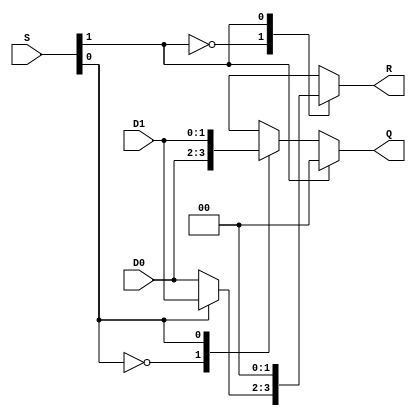

module test_mux
   (input wire [1:0] D0, D1,
    input wire [1:0] S,
    output reg [1:0] Q, R);

   always @(*) begin
      if (S[1]==1'b0)
	case (S[0])
	  1'b0: Q = D0;
	  1'b1: Q = D1;
	endcase // case (S[0])
      else
	Q = 2'b0;

      case (S[1])
	1'b0: if (S[0])
	  R = D1;
	else
	  R = D0;
	1'b1: R = 2'b00;
      endcase
   end

endmodule // test_mux